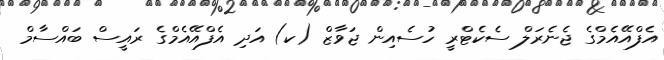
އެފްއޭއެމްގެ ޖެނެރަލް ސެކެޓްރީ ހުސެއިން ޖަވާޒް (ކ) އަދި އެފްއޭއެމްގެ ރައީސް ބައްސާމް